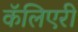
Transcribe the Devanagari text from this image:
कॅलिएरी